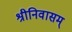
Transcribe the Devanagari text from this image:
श्रीनिवासम्‌